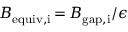
B _ { \mathrm { e q u i v , i } } \, { = } \, B _ { \mathrm { g a p , i } } / \epsilon